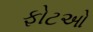
ફોટઓ